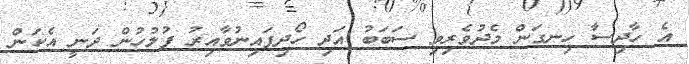
އެ ހާދިސާ ހިނގަން މެދުވެރިވި ސަބަބު އަދި ހޯދިފައިނުވާއިރު ފުލުހުން ދަނީ އެކަން